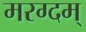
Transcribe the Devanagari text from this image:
मरग्दम्